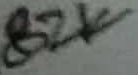
Text: 82K